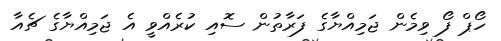
ހޯޕް ފޯ ވިމެން ޖަމިއްޔާގެ ފަރާތުން ސޮއި ކުރެއްވީ އެ ޖަމިއްޔާގެ ޗެއާ